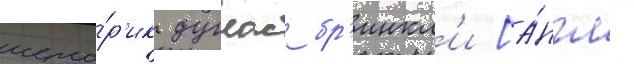
исто́р'ик дуглас бр'инкл'и [а́нгл.